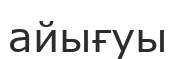
айығуы